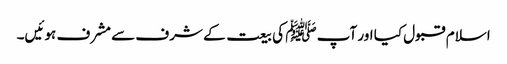
اسلام قبول کیا اور آپ ﷺ کی بیعت کے شرف سے مشرف ہوئیں۔